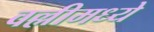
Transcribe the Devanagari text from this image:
वल्लीमध्ये